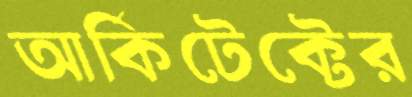
আর্কিটেক্টের